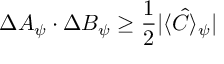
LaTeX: \Delta A _ { \psi } \cdot \Delta B _ { \psi } \geq \frac { 1 } { 2 } | \langle \hat { C } \rangle _ { \psi } |